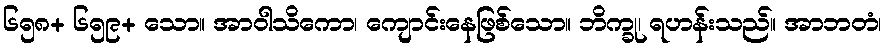
၆၅၈+ ၆၅၉+ သော။ အာဝါသိကော၊ ကျောင်းနေဖြစ်သော။ ဘိက္ခု၊ ရဟန်းသည်။ အာဘတံ၊